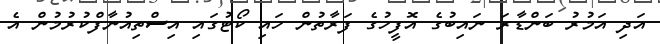
އަދި އަމުރު ބަންޑާރަ ނައިބުގެ އޮފީހުގެ ފަރާތުން ހައި ކޯޓުގައި އިސްތިއުނާފްކުރުމުން އެ